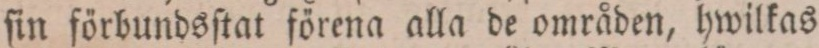
ſin förbundsſtat förena alla de områden, hwilkas